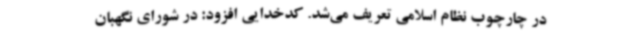
در چارچوب نظام اسلامی تعریف می‌شد. کدخدایی افزود: در شورای نگهبان